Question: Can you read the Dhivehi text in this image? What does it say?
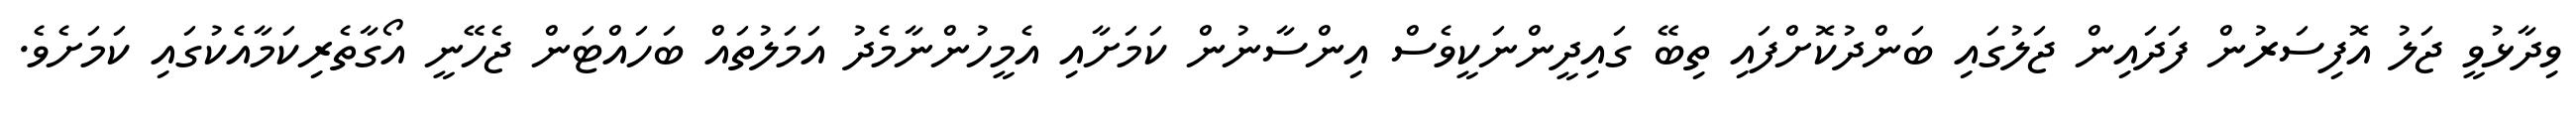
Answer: ވިދާޅުވީ ޖަލު އޮފިސަރުން ފަދައިން ޖަލުގައި ބަންދުކޮށްފައި ތިބޭ ގައިދީންނަކީވެސް އިންސާނުން ކަމަށާއި އެމީހުންނާމެދު އަމަލުތައް ބަހައްޓަން ޖެހޭނީ އޯގާތެރިކަމާއެކުގައި ކަމަށެވެ.